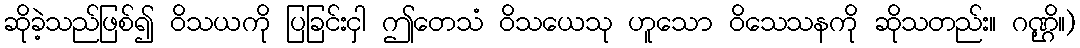
ဆိုခဲ့သည်ဖြစ်၍ ဝိသယကို ပြခြင်းငှါ ဤတေသံ ဝိသယေသု ဟူသော ဝိသေသနကို ဆိုသတည်း။ ဂဏ္ဌိ။)